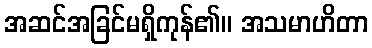
အဆင်အခြင်မရှိကုန်၏။ အသမာဟိတာ